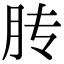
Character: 䏝